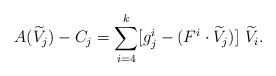
LaTeX: \begin{align*} A(\widetilde V_j)-C_j=\sum_{i=4}^k [g_j^i-(F^i\cdot \widetilde V_j)]\ \widetilde V_i.\end{align*}